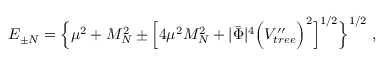
E _ { \pm N } = \Big \lbrace \mu ^ { 2 } + M _ { N } ^ { 2 } \pm \Big \lbrack 4 \mu ^ { 2 } M _ { N } ^ { 2 } + | \bar { \Phi } | ^ { 4 } \Big ( V _ { t r e e } ^ { \prime \prime } \Big ) ^ { 2 } \Big \rbrack ^ { 1 / 2 } \Big \rbrace ^ { 1 / 2 } \; ,